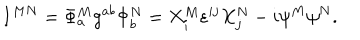
I ^ { M N } = \Phi _ { a } ^ { M } g ^ { a b } \Phi _ { b } ^ { N } = X _ { i } ^ { M } \varepsilon ^ { i j } X _ { j } ^ { N } - i \psi ^ { M } \psi ^ { N } .